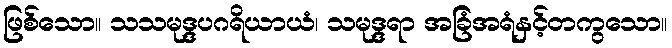
ဖြစ်သော။ သသမုဒ္ဒပဂရိယာယံ၊ သမုဒ္ဒရာ အခြံအရံနှင့်တကွသော။